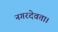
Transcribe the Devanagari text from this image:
नगरदेवता।